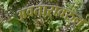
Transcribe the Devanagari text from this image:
अवतारावरुन